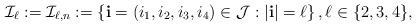
LaTeX: \begin{align*} \mathcal{I}_\ell := \mathcal{I}_{\ell,n} :=\left\{ \mathbf{i}=(i_1, i_2, i_3, i_4) \in \mathcal J: |\mathbf i|=\ell\right\},\ell\in\{2,3,4\},\end{align*}